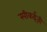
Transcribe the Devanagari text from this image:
स्पीकईज़ी